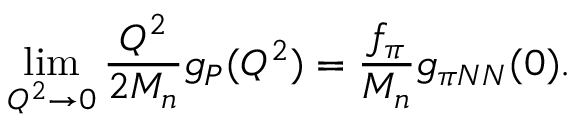
\operatorname * { l i m } _ { Q ^ { 2 } \rightarrow 0 } \frac { Q ^ { 2 } } { 2 M _ { n } } g _ { P } ( Q ^ { 2 } ) = \frac { f _ { \pi } } { M _ { n } } g _ { \pi N N } ( 0 ) .